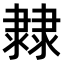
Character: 𨽼